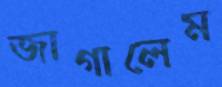
জাগালেম